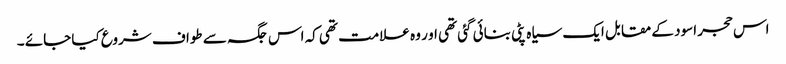
اس حجر اسود کے مقابل ایک سیاہ پٹی بنائی گئی تھی او ر وہ علامت تھی کہ اس جگہ سے طواف شروع کیا جائے ۔